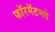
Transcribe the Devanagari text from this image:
फॉरमॅटमधे